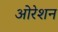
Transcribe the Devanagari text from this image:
ओरेशन